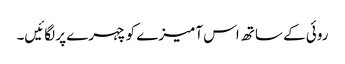
روئی کے ساتھ اس آمیزے کو چہرے پر لگائیں۔